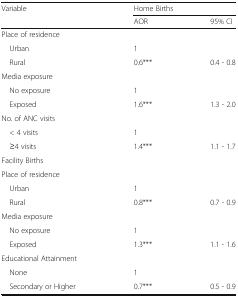
<table><thead><tr><td rowspan="2"><b>Variable</b></td><td colspan="2"><b>Home Births</b></td></tr><tr><td><b>AOR</b></td><td><b>95% CI</b></td></tr></thead><tbody><tr><td colspan="3">Place of residence</td></tr><tr><td> Urban</td><td>1</td><td></td></tr><tr><td> Rural</td><td>0.6***</td><td>0.4 - 0.8</td></tr><tr><td colspan="3">Media exposure</td></tr><tr><td> No exposure</td><td>1</td><td></td></tr><tr><td> Exposed</td><td>1.6***</td><td>1.3 - 2.0</td></tr><tr><td colspan="3">No. of ANC visits</td></tr><tr><td> &lt; 4 visits</td><td>1</td><td></td></tr><tr><td> ≥4 visits</td><td>1.4***</td><td>1.1 - 1.7</td></tr><tr><td colspan="3">Facility Births</td></tr><tr><td colspan="3">Place of residence</td></tr><tr><td> Urban</td><td>1</td><td></td></tr><tr><td> Rural</td><td>0.8***</td><td>0.7 - 0.9</td></tr><tr><td colspan="3">Media exposure</td></tr><tr><td> No exposure</td><td>1</td><td></td></tr><tr><td> Exposed</td><td>1.3***</td><td>1.1 - 1.6</td></tr><tr><td colspan="3">Educational Attainment</td></tr><tr><td> None</td><td>1</td><td></td></tr><tr><td> Secondary or Higher</td><td>0.7***</td><td>0.5 - 0.9</td></tr></tbody></table>